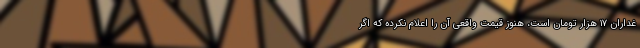
غداران ۱۷ هزار تومان است، هنوز قیمت واقعی آن را اعلام نکرده که اگر